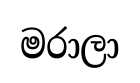
මරාලා